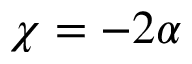
\chi = - 2 \alpha